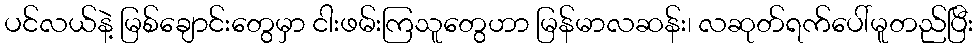
ပင်လယ်နဲ့ မြစ်ချောင်းတွေမှာ ငါးဖမ်းကြသူတွေဟာ မြန်မာလဆန်း၊ လဆုတ်ရက်ပေါ်မူတည်ပြီး